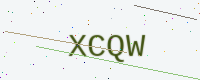
Text: XCQW